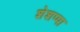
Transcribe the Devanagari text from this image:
शेशप्पा